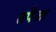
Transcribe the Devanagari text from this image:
तपैजा